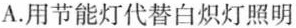
A.用节能灯代替白炽灯照明